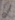
Text: 2